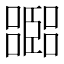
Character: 𡂨